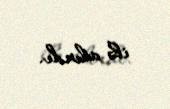
ilə alındı.